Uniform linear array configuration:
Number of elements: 24
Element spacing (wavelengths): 1
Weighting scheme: hamming
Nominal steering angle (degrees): -30
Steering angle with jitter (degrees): -30.257
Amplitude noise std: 0.05
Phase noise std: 0.05

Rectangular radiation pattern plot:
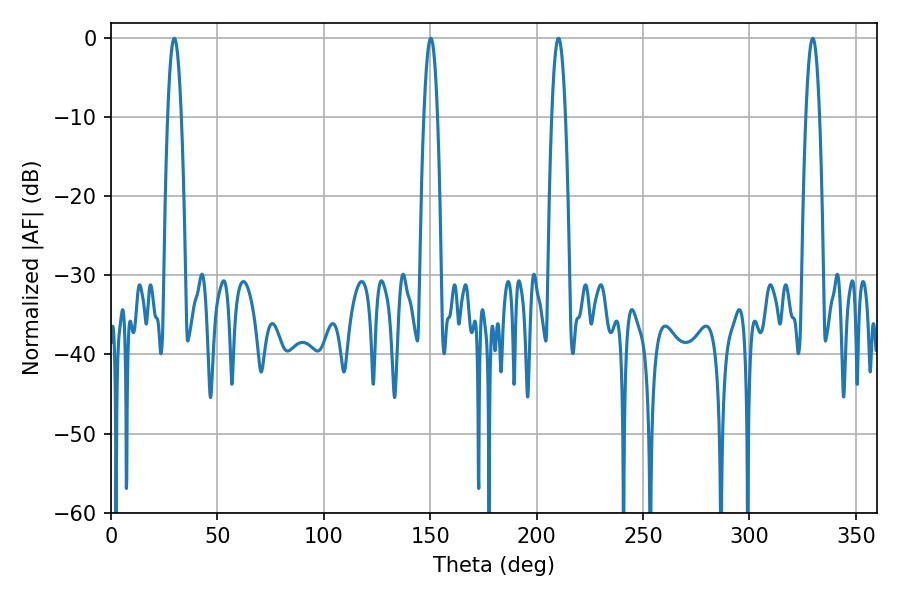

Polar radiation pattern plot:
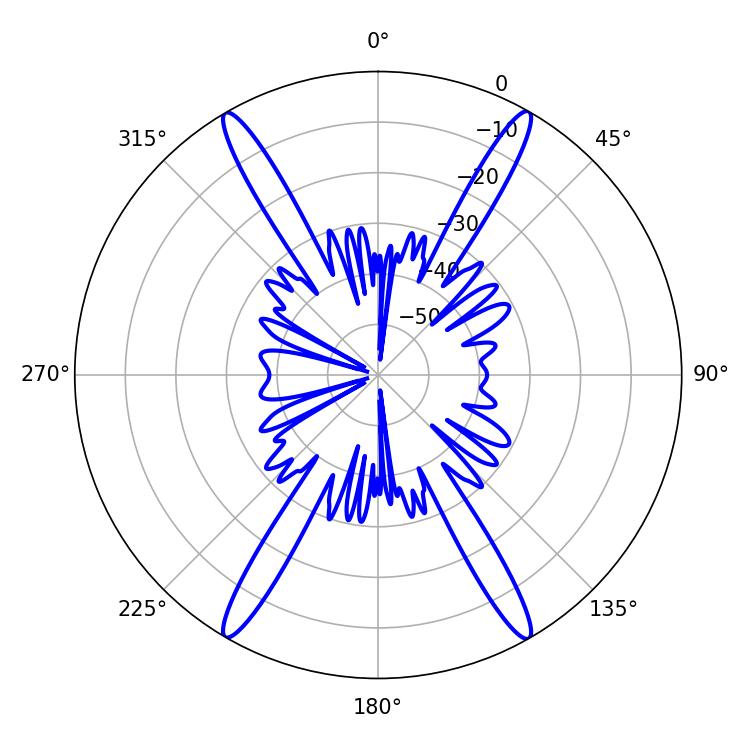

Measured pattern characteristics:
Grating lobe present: TRUE
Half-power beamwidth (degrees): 3.6
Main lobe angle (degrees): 210.24